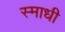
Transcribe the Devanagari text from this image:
स्माधी